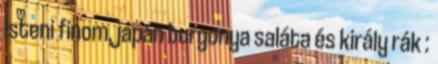
Isteni finom, japán burgonya saláta és király rák :